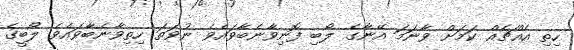
ހިތި އެއްޗެއް ކަމަށް ވާނަމަ އޭނާގެ ލޯބި ފޮނިވާނެބާވައެވެ ނުވަތަ ހިތިވާނެބާވައެވެ ލޯބީގެ